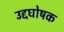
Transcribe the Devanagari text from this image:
उद्दघोषक